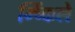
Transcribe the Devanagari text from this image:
म्च्किंले